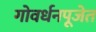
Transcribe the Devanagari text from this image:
गोवर्धनपूजेत